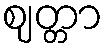
ဈတ္တာ